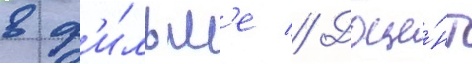
в ф'и́льм'е // Доце́нт